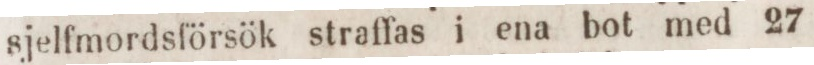
sjelfmordsförsök straffas i ena bot med 27